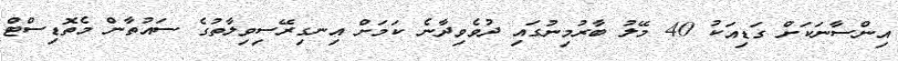
އިންސާނަކަށް ގަޑިއަކު 40 މޭލު ބާރުމިނުގައި ދުވެވިދާނެ ކަމަށް އިނގިރޭސިވިލާތުގެ ސައުތާން މެތޮޑިސްޓް